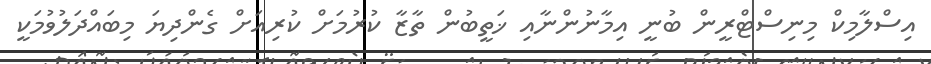
އިސްލާމިކް މިނިސްޓްރީން ބުނީ އިމާނުންނާއި ޚަތީބުން ތާޒާ ކުރުމަށް ކުރިއަށް ގެންދިޔަ މިބައްދަލުވުމަކީ